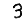
Digit: 3